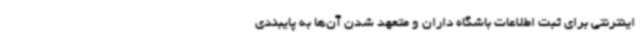
اینترنتی برای ثبت اطلاعات باشگاه داران و متعهد شدن آن‌ها به پایبندی